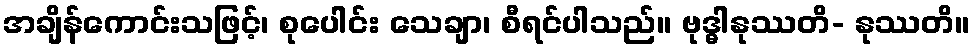
အချိန်ကောင်းသဖြင့်၊ စုပေါင်း သေချာ၊ စီရင်ပါသည်။ ဗုဒ္ဓါနုဿတိ- နုဿတိ။